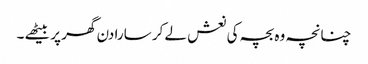
چنانچہ وہ بچہ کی نعش لے کر سارا دن گھر پر بیٹھے ۔